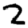
Digit: 2